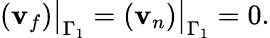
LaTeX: \left(\mathbf{v}_{f}\right)\big|_{\Gamma_{1}}=\left(\mathbf{v}_{n}\right)\big|_{\Gamma_{1}}=0.